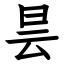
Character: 昙